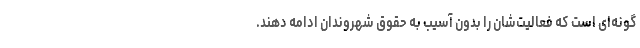
گونه‌ای است که فعالیت‌شان را بدون آسیب به حقوق شهروندان ادامه دهند.